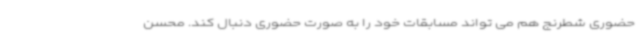
حضوری شطرنج هم می تواند مسابقات خود را به صورت حضوری دنبال کند. محسن